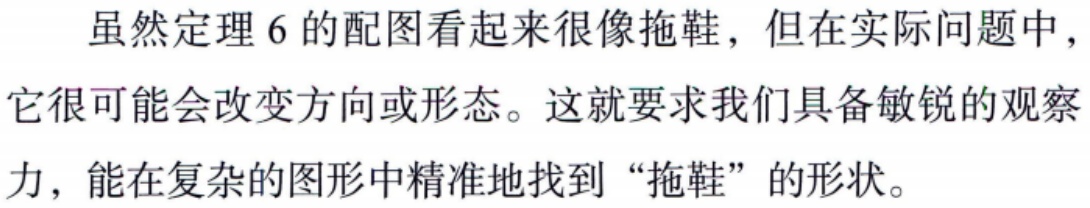
虽然定理 6 的配图看起来很像拖鞋，但在实际问题中，它很可能会改变方向或形态。这就要求我们具备敏锐的观察力，能在复杂的图形中精准地找到 “拖鞋” 的形状。